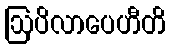
ဩပိလာပေဟီတိ